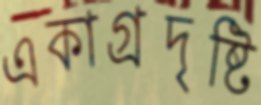
একাগ্রদৃষ্টি